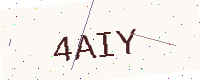
Text: 4AIY